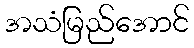
အသံမြည်အောင်